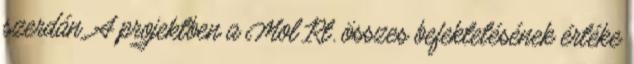
szerdán. A projektben a Mol Rt. összes befektetésének értéke